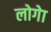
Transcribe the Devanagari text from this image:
लोगेा